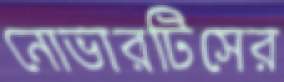
নোভারটিসের